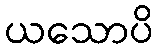
ယသောပိ